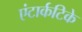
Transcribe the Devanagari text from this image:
एंटार्कटिके